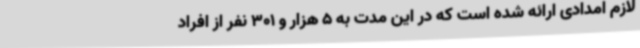
لازم امدادی ارائه شده است که در این مدت به 5 هزار و 301 نفر از افراد